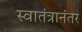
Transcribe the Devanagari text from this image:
स्वातंत्रानंतर